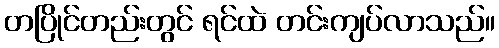
တပြိုင်တည်းတွင် ရင်ထဲ တင်းကျပ်လာသည်။